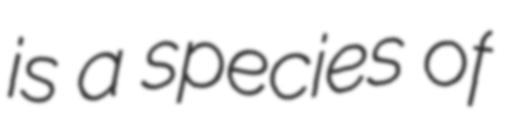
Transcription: is a species of